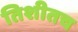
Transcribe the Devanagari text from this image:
तिशीतच